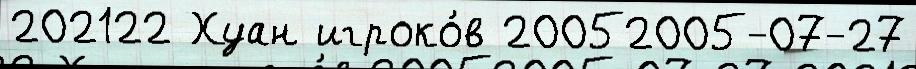
202122 Хуан игроко́в 20052005-07-27